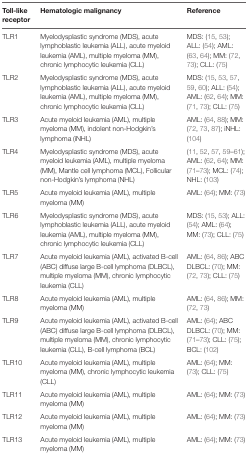
<table><thead><tr><td><b>Toll-like receptor</b></td><td><b>Hematologic malignancy</b></td><td><b>Reference</b></td></tr></thead><tbody><tr><td>TLR1</td><td>Myelodysplastic syndrome (MDS), acute lymphoblastic leukemia (ALL), acute myeloid leukemia (AML), multiple myeloma (MM), chronic lymphocytic leukemia (CLL)</td><td>MDS: (15, 53); ALL: (54); AML: (63, 64); MM: (72, 73); CLL: (75)</td></tr><tr><td>TLR2</td><td>Myelodysplastic syndrome (MDS), acute lymphoblastic leukemia (ALL), acute myeloid leukemia (AML), multiple myeloma (MM), chronic lymphocytic leukemia (CLL)</td><td>MDS: (15, 53, 57, 59, 60); ALL: (54); AML: (62, 64); MM: (71, 73); CLL: (75)</td></tr><tr><td>TLR3</td><td>Acute myeloid leukemia (AML), multiple myeloma (MM), indolent non-Hodgkin’s lymphoma (iNHL)</td><td>AML: (64, 88); MM: (72, 73, 87); iNHL: (104)</td></tr><tr><td>TLR4</td><td>Myelodysplastic syndrome (MDS), acute myeloid leukemia (AML), multiple myeloma (MM), Mantle cell lymphoma (MCL), Follicular non-Hodgkin’s lymphoma (NHL)</td><td>(11, 52, 57, 59–61); AML: (62, 64); MM: (71–73); MCL: (74); NHL: (103)</td></tr><tr><td>TLR5</td><td>Acute myeloid leukemia (AML), multiple myeloma (MM)</td><td>AML: (64); MM: (73)</td></tr><tr><td>TLR6</td><td>Myelodysplastic syndrome (MDS), acute lymphoblastic leukemia (ALL), acute myeloid leukemia (AML), multiple myeloma (MM), chronic lymphocytic leukemia (CLL)</td><td>MDS: (15, 53); ALL: (54); AML: (64); MM: (73); CLL: (75)</td></tr><tr><td>TLR7</td><td>Acute myeloid leukemia (AML), activated B-cell (ABC) diffuse large B-cell lymphoma (DLBCL), multiple myeloma (MM), chronic lymphocytic leukemia (CLL)</td><td>AML: (64, 86); ABC DLBCL: (70); MM: (72, 73); CLL: (75)</td></tr><tr><td>TLR8</td><td>Acute myeloid leukemia (AML), multiple myeloma (MM)</td><td>AML: (64, 86); MM: (72, 73)</td></tr><tr><td>TLR9</td><td>Acute myeloid leukemia (AML), activated B-cell (ABC) diffuse large B-cell lymphoma (DLBCL), multiple myeloma (MM), chronic lymphocytic leukemia (CLL), B-cell lymphoma (BCL)</td><td>AML: (64); ABC DLBCL: (70); MM: (71–73); CLL: (75); BCL: (102)</td></tr><tr><td>TLR10</td><td>Acute myeloid leukemia (AML), multiple myeloma (MM), chronic lymphocytic leukemia (CLL)</td><td>AML: (64); MM: (73); CLL: (75)</td></tr><tr><td>TLR11</td><td>Acute myeloid leukemia (AML), multiple myeloma (MM)</td><td>AML: (64); MM: (73)</td></tr><tr><td>TLR12</td><td>Acute myeloid leukemia (AML), multiple myeloma (MM)</td><td>AML: (64); MM: (73)</td></tr><tr><td>TLR13</td><td>Acute myeloid leukemia (AML), multiple myeloma (MM)</td><td>AML: (64); MM: (73)</td></tr></tbody></table>